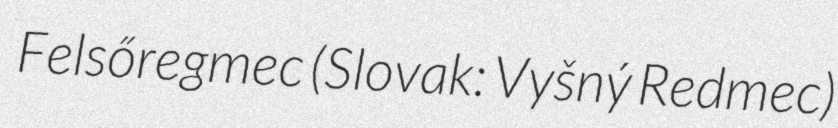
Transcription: Felsőregmec (Slovak: Vyšný Redmec)